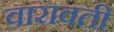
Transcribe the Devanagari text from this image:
वारावती